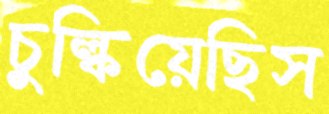
চুল্‌কিয়েছিস